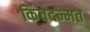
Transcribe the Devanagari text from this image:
किंवदन्मत